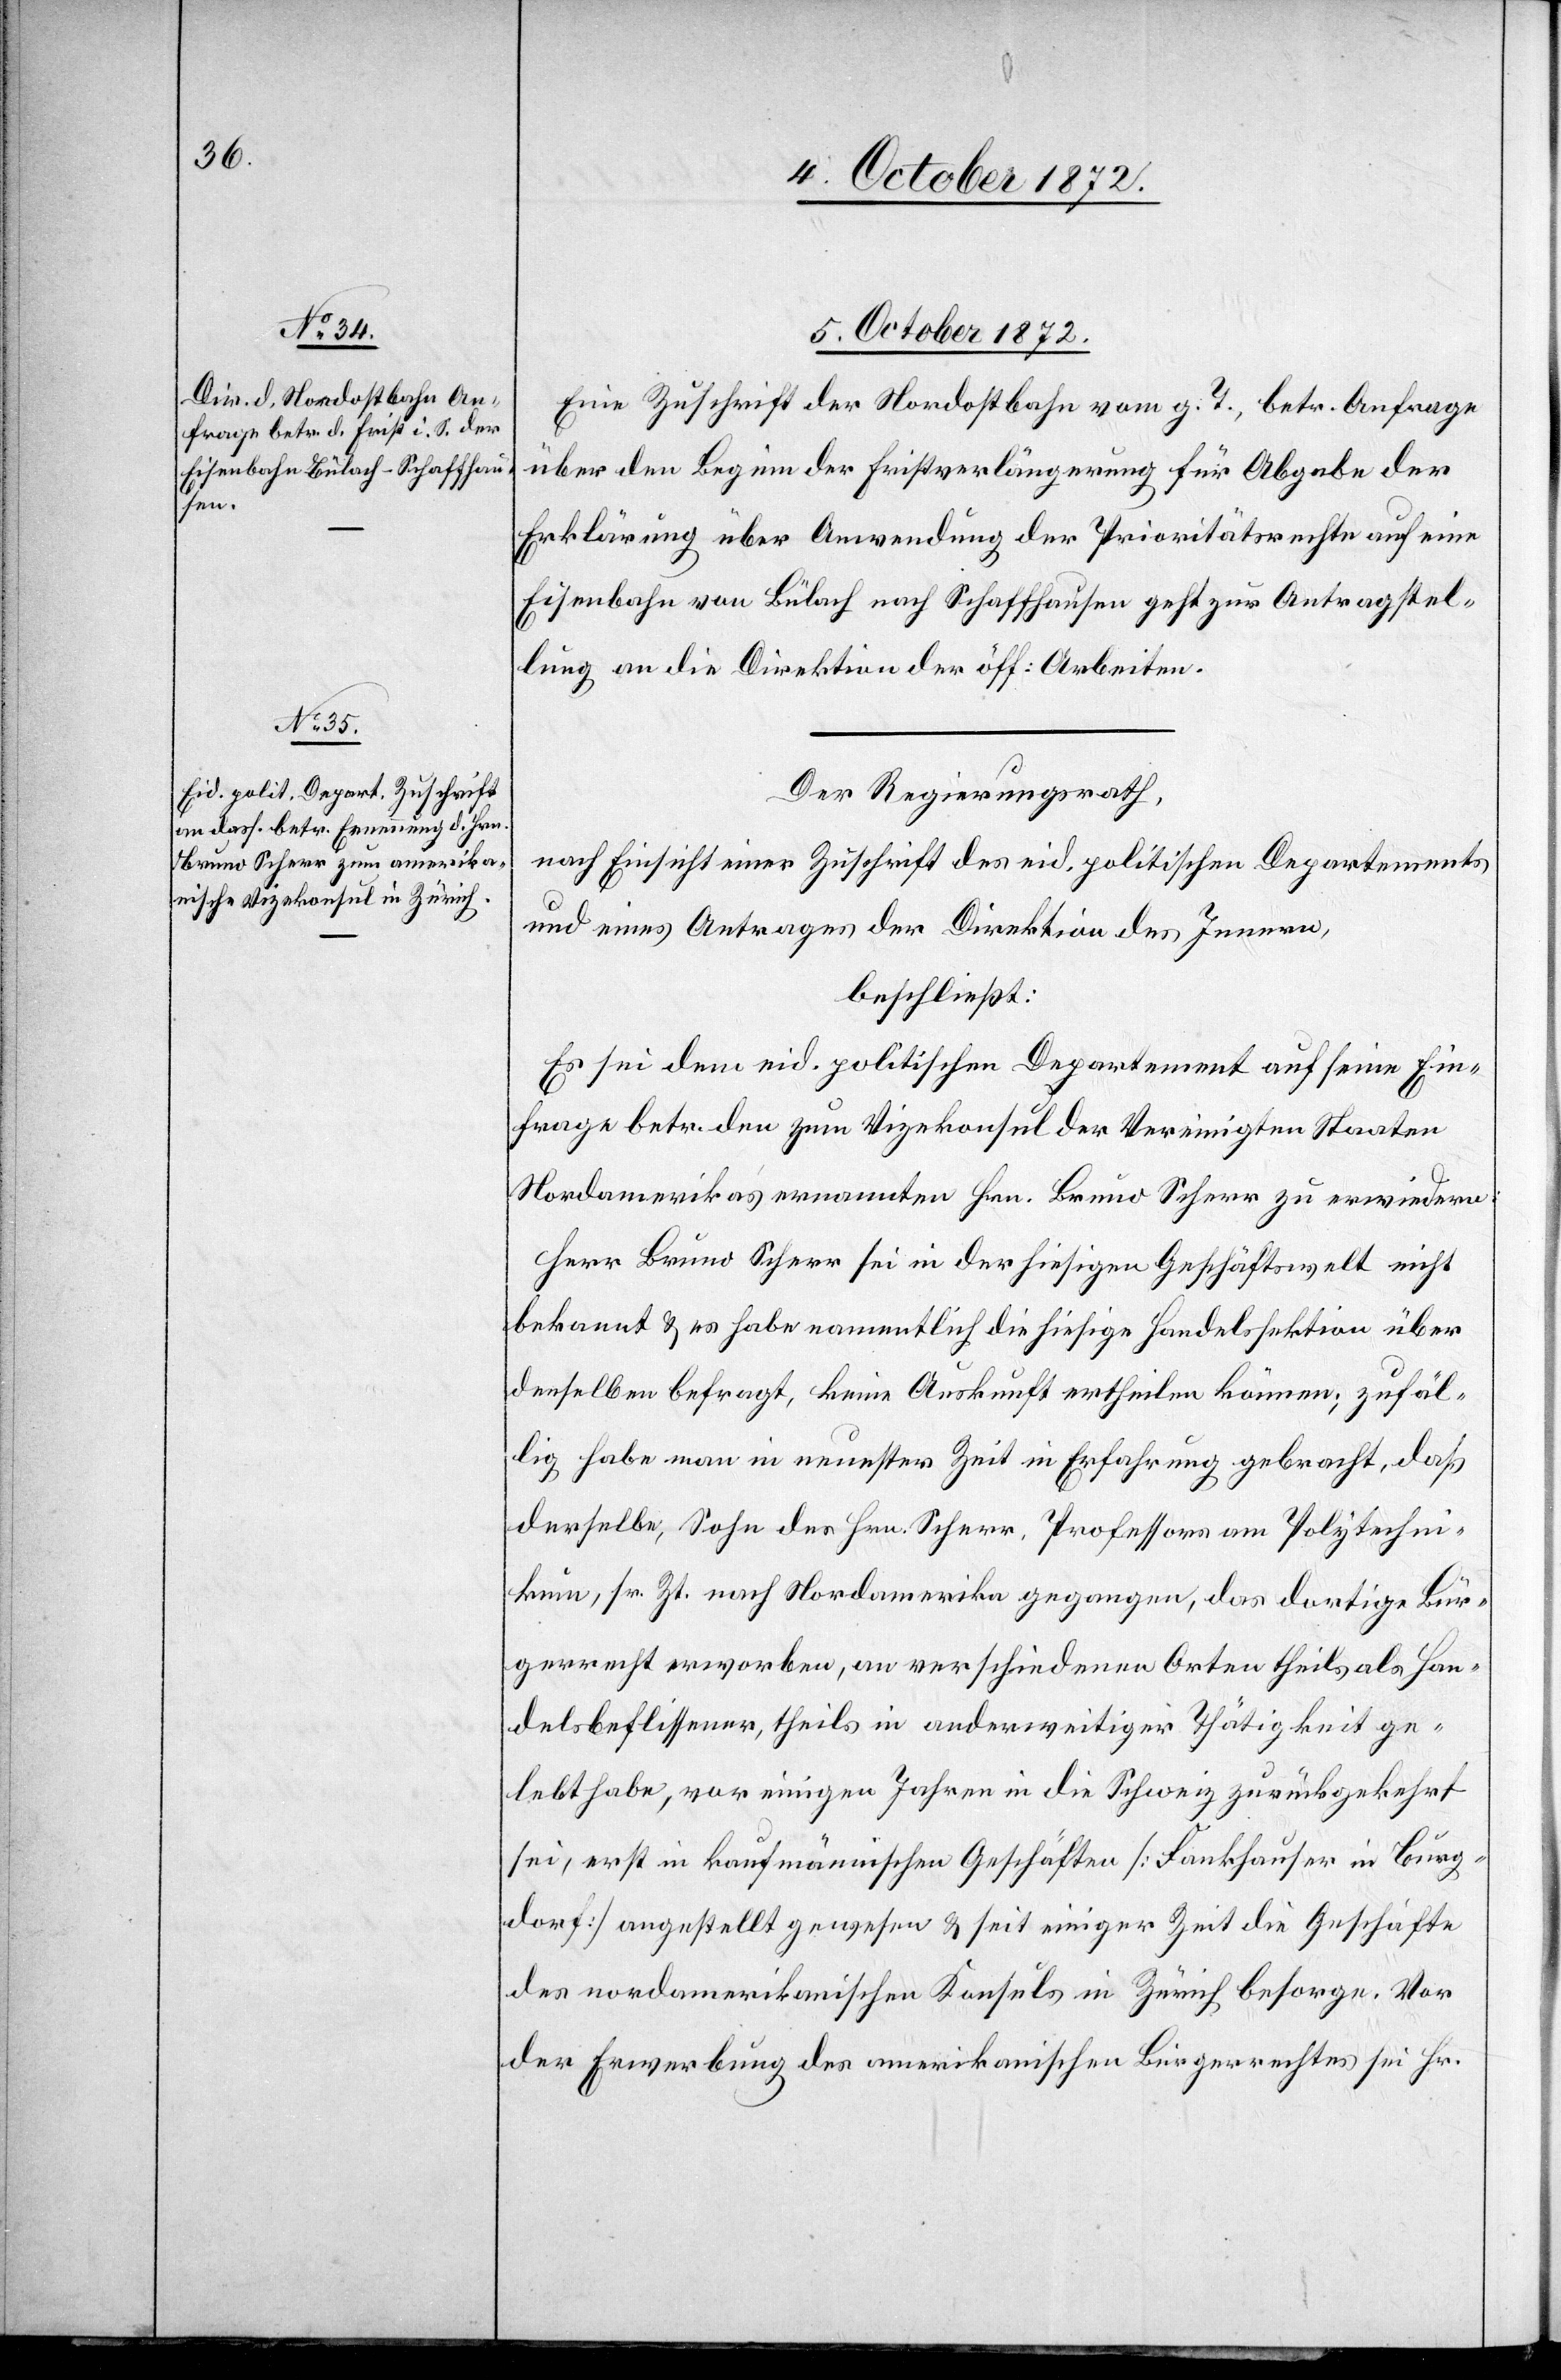
5. October 1872.]
Eine Zuschrift der Nordostbahn vom g. T., betr. Anfrage
über den Beginn der Fristverlängerung für Abgabe der
Erklärung über Anwendung der Prioritätsrechte auf eine
Eisenbahn von Bülach nach Schaffhausen geht zur Antragstel¬
lung an die Direktion der öff. Arbeiten.
Der Regierungsrath,
nach Einsicht einer Zuschrift des eid. politischen Departements
und eines Antrages der Direktion des Innern,
beschließt:
Es sei dem eid. politischen Departement auf seine Ein¬
frage betr. den zum Vizekonsul der Vereinigten Staaten
Nordamerikas ernannten Hrn. Bruno Scherr zu erwiedern:
Herr Bruno Scherr sei in der hiesigen Geschäftswelt nicht
bekannt u. es habe namentlich die hiesige Handelssektion über
denselben befragt, keine Auskunft ertheilen können; zufäl¬
lig habe man in neuester Zeit in Erfahrung gebracht, daß
derselbe, Sohn des Hrn. Scherr, Professors am Polytechni¬
kum, sr. Zt. nach Nordamerika gegangen, das dortige Bür¬
gerrecht erworben, an verschiedenen Orten theils als Han¬
delsbeflissener, theils in anderweitiger Thätigkeit ge¬
lebt habt, vor einigen Jahren in die Schweiz zurückgekehrt
sei, erst in kaufmännischen Geschäften [Fankhauser in Burg¬
dorf] angestellt gewesen u. seit einiger Zeit die Geschäfte
des nordamerikanischen Konsuls in Zürich besorge. Vor
der Erwerbung des amerikanischen Bürgerrechtes sei Hr.